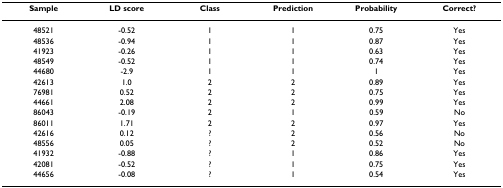
| Sample | LD score | Class | Prediction | Probability | Correct? |
 | --- | --- | --- | --- | --- | --- |
 | 48521 | -0.52 | 1 | 1 | 0.75 | Yes |
 | 48536 | -0.94 | 1 | 1 | 0.87 | Yes |
 | 41923 | -0.26 | 1 | 1 | 0.63 | Yes |
 | 48549 | -0.52 | 1 | 1 | 0.74 | Yes |
 | 44680 | -2.9 | 1 | 1 | 1 | Yes |
 | 42613 | 1.0 | 2 | 2 | 0.89 | Yes |
 | 76981 | 0.52 | 2 | 2 | 0.75 | Yes |
 | 44661 | 2.08 | 2 | 2 | 0.99 | Yes |
 | 86043 | -0.19 | 2 | 1 | 0.59 | No |
 | 86011 | 1.71 | 2 | 2 | 0.97 | Yes |
 | 42616 | 0.12 | ? | 2 | 0.56 | No |
 | 48556 | 0.05 | ? | 2 | 0.52 | No |
 | 41932 | -0.88 | ? | 1 | 0.86 | Yes |
 | 42081 | -0.52 | ? | 1 | 0.75 | Yes |
 | 44656 | -0.08 | ? | 1 | 0.54 | Yes |